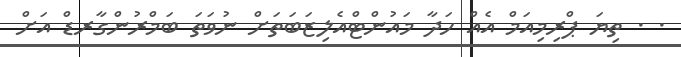
. . ތިޔަ ޕްރިމިއަމް އެއް ހަދާ މައުންޓްއެލިޒަބަތަށް ނުވަތަ ބަމްރުންގާރޑް އަށް